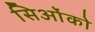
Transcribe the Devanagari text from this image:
सिओंको